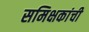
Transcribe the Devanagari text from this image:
समिक्षकांची